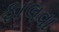
ફાલવા